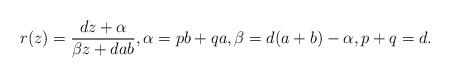
LaTeX: \begin{align*}r(z)=\frac{dz+\alpha}{\beta z+dab}, \alpha=pb+qa, \beta=d(a+b)-\alpha, p+q=d.\end{align*}